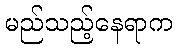
မည်သည့်နေရာက